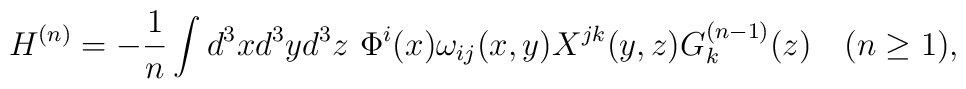
H^{(n)} = -\frac{1}{n} \int d^3 x d^3 y d^3 z~              \Phi^i(x) \omega_{ij}(x,y) X^{jk}(y,z) G_k^{(n-1)}(z)              ~~~(n \geq 1),